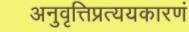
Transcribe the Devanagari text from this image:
अनुवृत्तिप्रत्ययकारणं